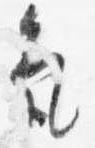
気